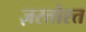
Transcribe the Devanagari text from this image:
ज़रतोश्त